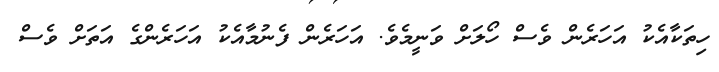
ހިތަކާއެކު އަހަރެން ވެސް ހޯލަށް ވަނީމެވެ. އަހަރެން ފެނުމާއެކު އަހަރެންގެ އަތަށް ވެސް